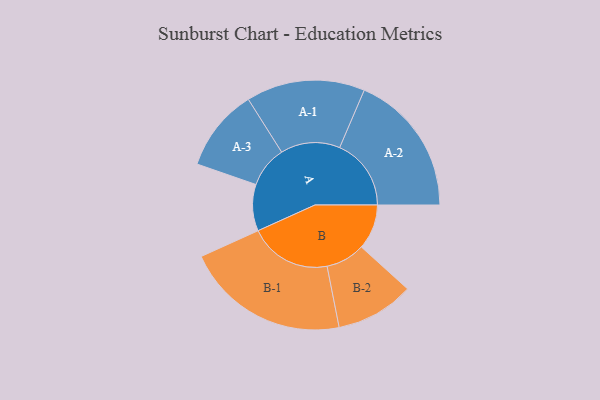
{"axis": {"x": "Segment", "y": "Value"}, "legend": ["", "A", "B"], "data": [{"x": "A", "y": 134, "type": ""}, {"x": "B", "y": 130, "type": ""}, {"x": "A-1", "y": 171, "type": "A"}, {"x": "A-2", "y": 206, "type": "A"}, {"x": "A-3", "y": 119, "type": "A"}, {"x": "B-1", "y": 237, "type": "B"}, {"x": "B-2", "y": 113, "type": "B"}]}